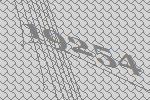
19254